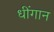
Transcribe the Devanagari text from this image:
धींगान